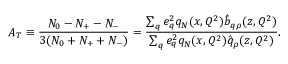
A _ { T } \equiv { \frac { N _ { 0 } - N _ { + } - N _ { - } } { 3 ( N _ { 0 } + N _ { + } + N _ { - } ) } } = { \frac { \sum _ { q } e _ { q } ^ { 2 } q _ { N } ( x , Q ^ { 2 } ) \hat { b } _ { q \rho } ( z , Q ^ { 2 } ) } { \sum _ { q } e _ { q } ^ { 2 } q _ { N } ( x , Q ^ { 2 } ) \hat { q } _ { \rho } ( z , Q ^ { 2 } ) } } .